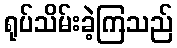
ရုပ်သိမ်းခဲ့ကြသည်